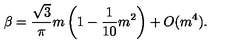
\beta = \frac { \sqrt { 3 } } { \pi } m \left( 1 - \frac { 1 } { 1 0 } m ^ { 2 } \right) + O ( m ^ { 4 } ) .